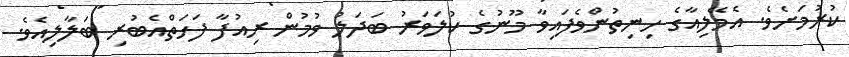
ކުރުމަށެވެ. އެމޭލިއާގެ ހިނިތުންވެފައިވާ މޫނުގެ ކުލަވަރު ބަދަލު ވުމުން ރިއުފާ ފަހަތްއެބުރި ބަލާލިއެވެ.